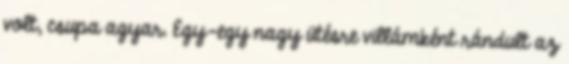
volt, csupa agyar. Egy-egy nagy ütésre villámként rándult az